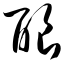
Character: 酿